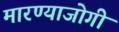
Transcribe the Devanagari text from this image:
मारण्याजोगी